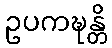
ဥပကဍ္ဎန္တိ